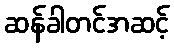
ဆန်ခါတင်အဆင့်